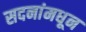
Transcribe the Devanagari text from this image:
सदनांमधून